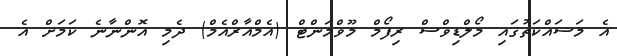
އެ މަސައްކަތުގައި މޯލްޑިވްސް ރިފޯމް މޫވްމަންޓް (އެމްއާރްއެމް) ދެމި އޮންނާނެ ކަމަށް އެ